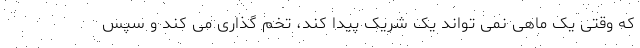
که وقتی یک ماهی نمی تواند یک شریک پیدا کند، تخم گذاری می کند و سپس